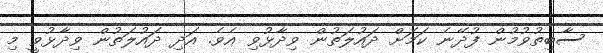
ސާބިތުވުމުން ފުދޭނެ ކަމަށް ދައުލަތުން ވިދާޅުވި އެވެ. އަދި ދައުލަތުން ވިދާޅުވީ މި